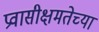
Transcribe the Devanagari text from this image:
प्रवासीक्षमतेच्या